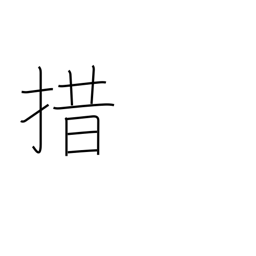
Meaning: give up